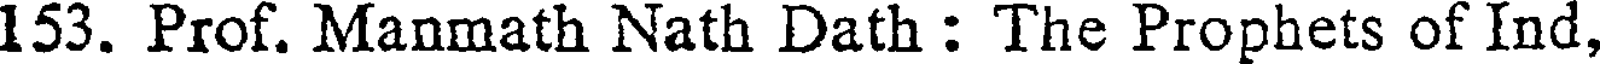
153. Prof. Manmath Nath Dath : The Prophets of Ind,